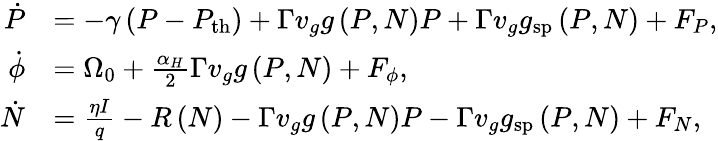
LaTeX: \begin{array}{rl}{\dot{P}}&{=-\gamma\left(P-P_{\mathrm{th}}\right)+\Gamma v_{g}g\left(P,N\right)P+\Gamma v_{g}g_{\mathrm{sp}}\left(P,N\right)+F_{P},}\\ {\dot{\phi}}&{=\Omega_{0}+\frac{\alpha_{H}}{2}\Gamma v_{g}g\left(P,N\right)+F_{\phi},}\\ {\dot{N}}&{=\frac{\eta I}{q}-R\left(N\right)-\Gamma v_{g}g\left(P,N\right)P-\Gamma v_{g}g_{\mathrm{sp}}\left(P,N\right)+F_{N},}\end{array}